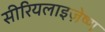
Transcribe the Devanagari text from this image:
सीरियलाइज़ेष्ण